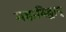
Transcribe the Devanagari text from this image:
महाविद्वान्